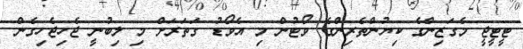
ޓީޓީޖީ މެގަޒިންގެ ކިޔުންތެރިންގެ ވޯޓުން މި އެވޯޑު ގަތަރަށް މި ލިބުނީ ޖެހިޖެހިގެން